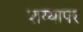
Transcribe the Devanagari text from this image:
शय्यापर